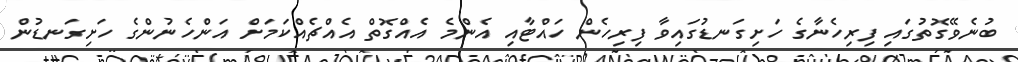
ބުނެވޭގޮތުގައި ފިރިހެނާގެ ހަށިގަނޑުގައިވާ ފިރިހެން ހައްޓާއި އެންމެ އެއްގޮތް އެއްޗެއްކަމަށް އަންހެނުންގެ ހަށިގަނޑުން